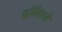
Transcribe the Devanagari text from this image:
फॉर्ममध्‍ये